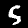
Label: 5